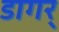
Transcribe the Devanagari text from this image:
डागर्